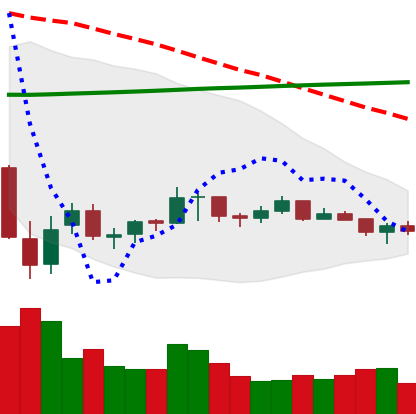
Ticker: XRP-USD
Chart end date: 2021-07-10
Forward return: -4.56%
Label: down_3_5